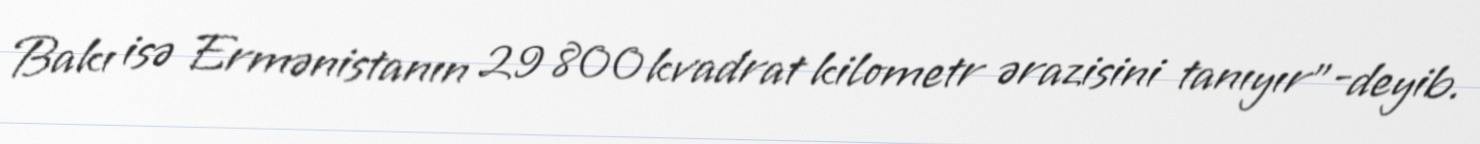
Bakı isə Ermənistanın 29 800 kvadrat kilometr ərazisini tanıyır”-deyib.